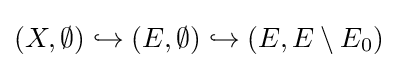
(X,\emptyset )\hookrightarrow (E,\emptyset )\hookrightarrow (E,E\setminus E_{0})